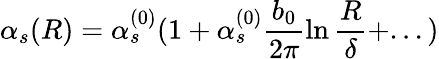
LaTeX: \alpha_{s}(R)=\alpha_{s}^{(0)}(1+\alpha_{s}^{(0)}\frac{b_{0}}{2\pi}\ln\frac{R}{\delta}+...)